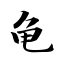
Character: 龟